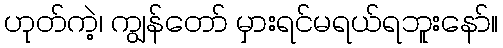
ဟုတ်ကဲ့၊ ကျွန်တော် မှားရင်မရယ်ရဘူးနော်။